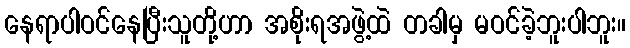
နေရာပါဝင်နေပြီးသူတို့ဟာ အစိုးရအဖွဲ့ထဲ တခါမှ မဝင်ခဲ့ဘူးပါဘူး။